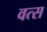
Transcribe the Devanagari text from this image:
वत्‍स